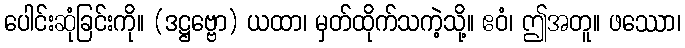
ပေါင်းဆုံခြင်းကို။ (ဒဋ္ဌဗ္ဗော) ယထာ၊ မှတ်ထိုက်သကဲ့သို့။ ဧဝံ၊ ဤအတူ။ ဖဿော၊